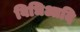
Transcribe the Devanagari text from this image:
विधिआदि